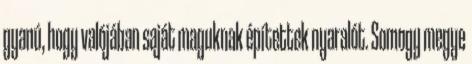
gyanú, hogy valójában saját maguknak építettek nyaralót. Somogy megye